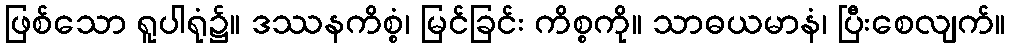
ဖြစ်သော ရူပါရုံ၌။ ဒဿနကိစ္စံ၊ မြင်ခြင်း ကိစ္စကို။ သာဓယမာနံ၊ ပြီးစေလျက်။